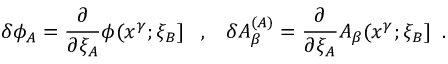
\delta \phi _ { A } = \frac { \partial } { \partial \xi _ { A } } \phi ( x ^ { \gamma } ; \xi _ { B } ] \; \; \; , \; \; \; \delta A _ { \beta } ^ { ( A ) } = \frac { \partial } { \partial \xi _ { A } } A _ { \beta } ( x ^ { \gamma } ; \xi _ { B } ] \; \; .